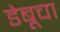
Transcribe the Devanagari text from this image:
डेबूचा